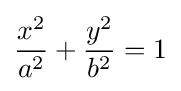
{\frac {x^{2}}{a^{2}}}+{\frac {y^{2}}{b^{2}}}=1